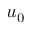
u _ { 0 }